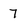
Character: 7